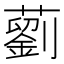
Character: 藰